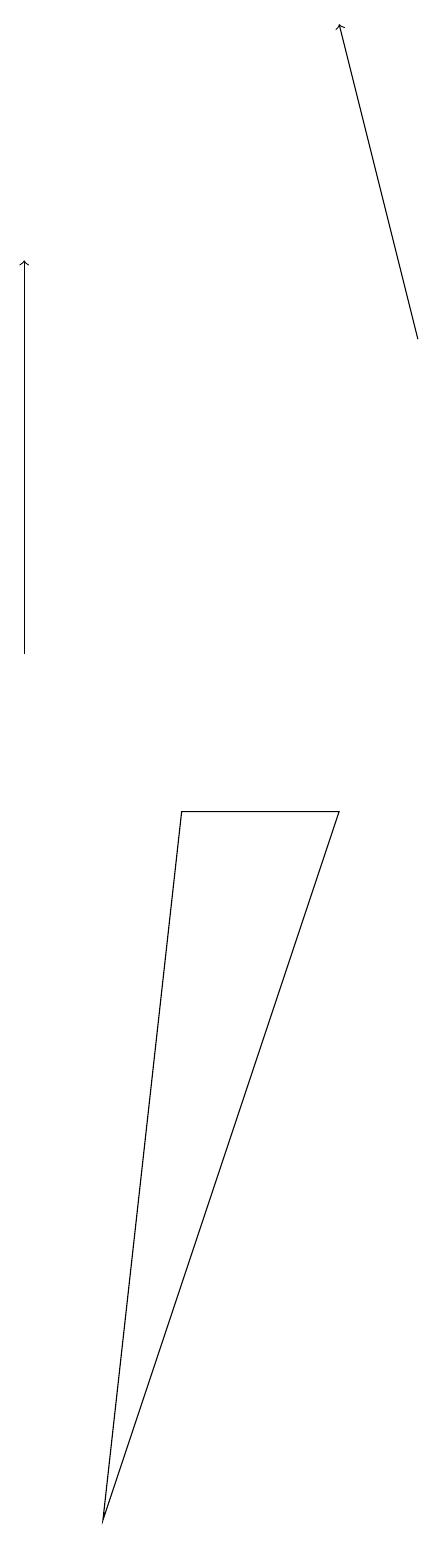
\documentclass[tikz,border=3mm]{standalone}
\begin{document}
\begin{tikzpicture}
\draw[->] (2,11) -- (2,16);
\draw (4,9) -- (3,0) -- (6,9) -- cycle;
\draw[->] (7,15) -- (6,19);
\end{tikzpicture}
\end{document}